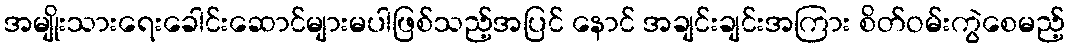
အမျိုးသားရေးခေါင်းဆောင်များမပါဖြစ်သည့်အပြင် နောင် အချင်းချင်းအကြား စိတ်ဝမ်းကွဲစေမည့်